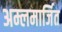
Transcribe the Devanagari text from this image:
अम्लमार्जित